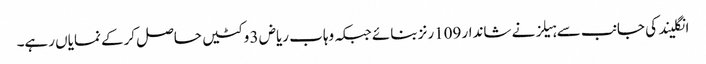
انگلیند کی جانب سے ہیلز نے شاندار 109رنز بنائے جبکہ وہاب ریاض 3 وکٹیں حاصل کرکے نمایاں رہے۔